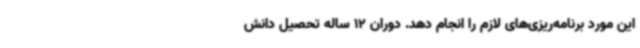
این مورد برنامه‌ریزی‌های لازم را انجام دهد. دوران 12 ساله تحصیل دانش